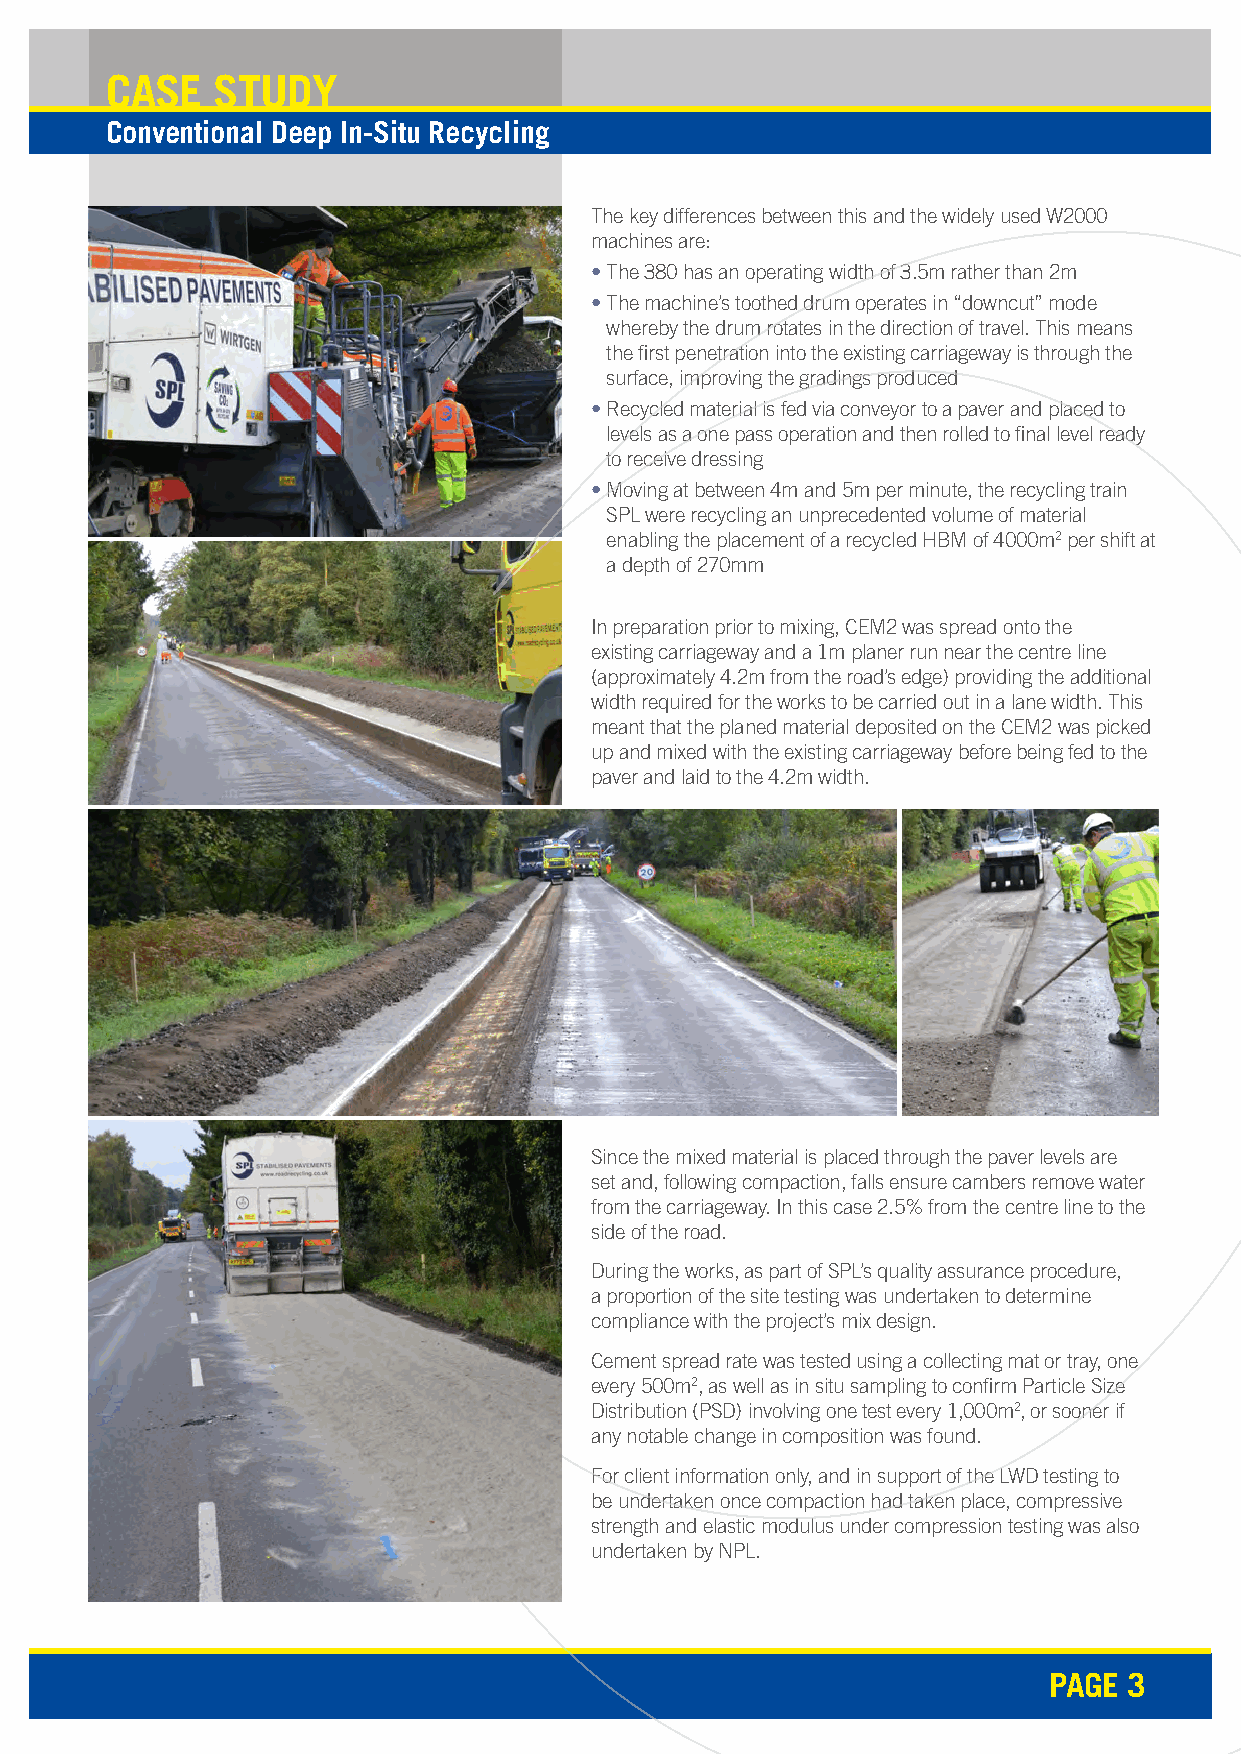
CASE   STUDY
 Conventional Deep In-Situ Recycling
 The key differences between this and the widely used W2000
 machines are:
 • T he 380 has an operating width of 3.5m rather than 2m
 • T he machine’s toothed drum operates in “downcut” mode
 whereby the drum rotates in the direction of travel. This means
 the first penetration into the existing carriageway is through the
 surface, improving the gradings produced
 • R ecycled material is fed via conveyor to a paver and placed to
 levels as a one pass operation and then rolled to final level ready
 to receive dressing
 • M oving at between 4m and 5m per minute, the recycling train
 SPL were recycling an unprecedented volume of material
 enabling the placement of a recycled HBM of 4000m2 per shift at
 a depth of 270mm
 In preparation prior to mixing, CEM2 was spread onto the
 existing carriageway and a 1m planer run near the centre line
 (approximately 4.2m from the road’s edge) providing the additional
 width required for the works to be carried out in a lane width. This
 meant that the planed material deposited on the CEM2 was picked
 up and mixed with the existing carriageway before being fed to the
 paver and laid to the 4.2m width.
 Since the mixed material is placed through the paver levels are
 set and, following compaction, falls ensure cambers remove water
 from the carriageway. In this case 2.5% from the centre line to the
 side of the road.
 During the works, as part of SPL’s quality assurance procedure,
 a proportion of the site testing was undertaken to determine
 compliance with the project’s mix design.
 Cement spread rate was tested using a collecting mat or tray, one
 every 500m2, as well as in situ sampling to confirm Particle Size
 Distribution (PSD) involving one test every 1,000m2, or sooner if
 any notable change in composition was found.
 For client information only, and in support of the LWD testing to
 be undertaken once compaction had taken place, compressive
 strength and elastic modulus under compression testing was also
 undertaken by NPL.
 PAGE  3